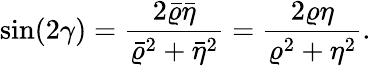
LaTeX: \sin(2\gamma)=\frac{2\bar{\varrho}\bar{\eta}}{\bar{\varrho}^{2}+\bar{\eta}^{2}}=\frac{2\varrho\eta}{\varrho^{2}+\eta^{2}}.